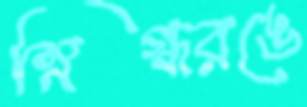
স্নিগ্ধরঙে